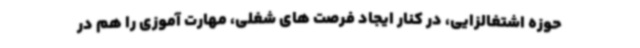
حوزه اشتغالزایی، در کنار ایجاد فرصت های شغلی، مهارت آموزی را هم در